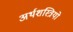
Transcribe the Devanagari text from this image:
अर्थशस्त्रियो